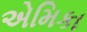
એમિકા